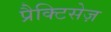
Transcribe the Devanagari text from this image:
प्रैक्टिसेज़